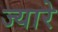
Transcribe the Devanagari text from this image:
ज्यारे